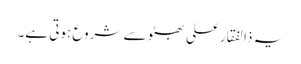
یہ ذالفقارعلی بھٹو سے شروع ہوتی ہے۔